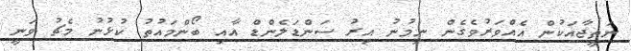
ނަތީޖާއަކުން އެއްވަރުވެގެން ނިމުނު އިރު ސަންޑަލެންޑް އާއި ބޯންމައުތު ކުޅުނު މެޗު ވަނީ